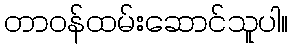
တာဝန်ထမ်းဆောင်သူပါ။